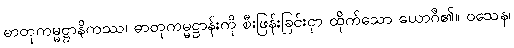
ဓာတုကမ္မဋ္ဌာနိကဿ၊ ဓာတုကမ္မဋ္ဌာန်းကို စီးဖြန်းခြင်းငှာ ထိုက်သော ယောဂီ၏။ ဝသေန၊